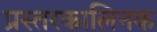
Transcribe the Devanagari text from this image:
प्रस्तरकालिनक